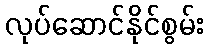
လုပ်ဆောင်နိုင်စွမ်း